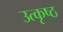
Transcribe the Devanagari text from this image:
उत्‍कृष्ठ